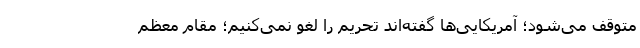
متوقف می‌شود؛ آمریکایی‌ها گفته‌اند تحریم را لغو نمی‌کنیم؛ مقام معظم